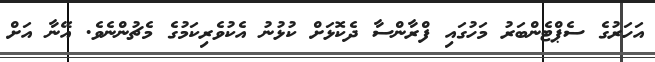
އަހަރުގެ ސެޕްޓެންބަރު މަހުގައި ފްރާންސާ ދެކޮޅަށް ކުޅުނު އެކުވެރިކަމުގެ މެޗުންނެވެ. އޭނާ އަށް